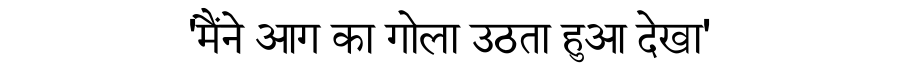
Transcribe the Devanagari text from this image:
'मैंने आग का गोला उठता हुआ देखा'